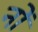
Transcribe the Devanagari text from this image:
नों